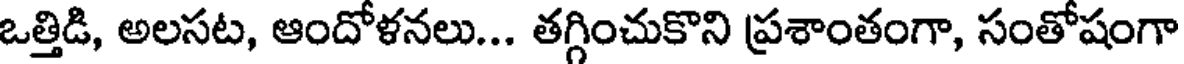
ఒత్తిడి, అలసట, ఆందోళనలు... తగ్గించుకొని ప్రశాంతంగా, సంతోషంగా